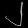
Digit: ၂